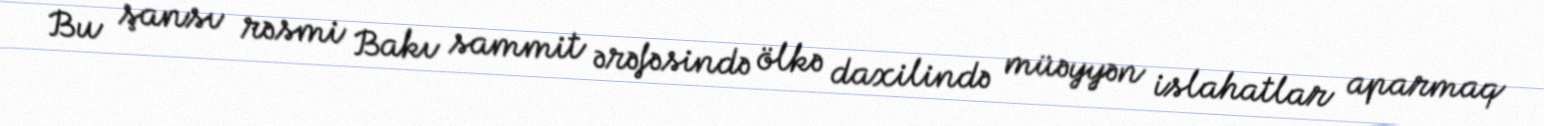
Bu şansı rəsmi Bakı sammit ərəfəsində ölkə daxilində müəyyən islahatlar aparmaq